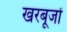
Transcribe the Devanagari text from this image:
खरबूजों